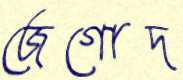
জেগোদ